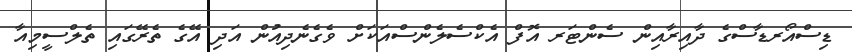
ޑިސްއޯރޑާސްގެ ދާއިރާއިން ސެންޓަރ އޮފް އެކްސެލެންސްއަކަށް ވެގެނެދިއުން އަދި އޭގެ ތެރޭގައި ތެލްސީމިއާ